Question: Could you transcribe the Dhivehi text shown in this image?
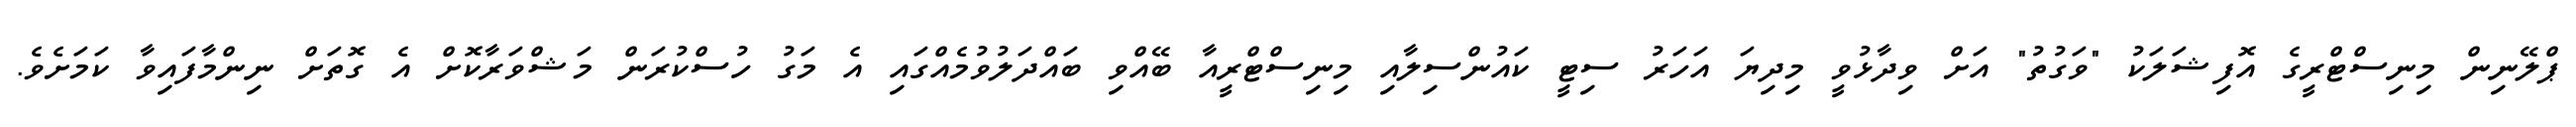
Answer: ޕްލޭނިން މިނިސްޓްރީގެ އޮފިޝަލަކު "ވަގުތު" އަށް ވިދާޅުވީ މިދިޔަ އަހަރު ސިޓީ ކައުންސިލާއި މިނިސްޓްރީއާ ބޭއްވި ބައްދަލުވުމެއްގައި އެ މަގު ހުސްކުރަން މަޝްވަރާކޮށް އެ ގޮތަށް ނިންމާފައިވާ ކަމަށެވެ.